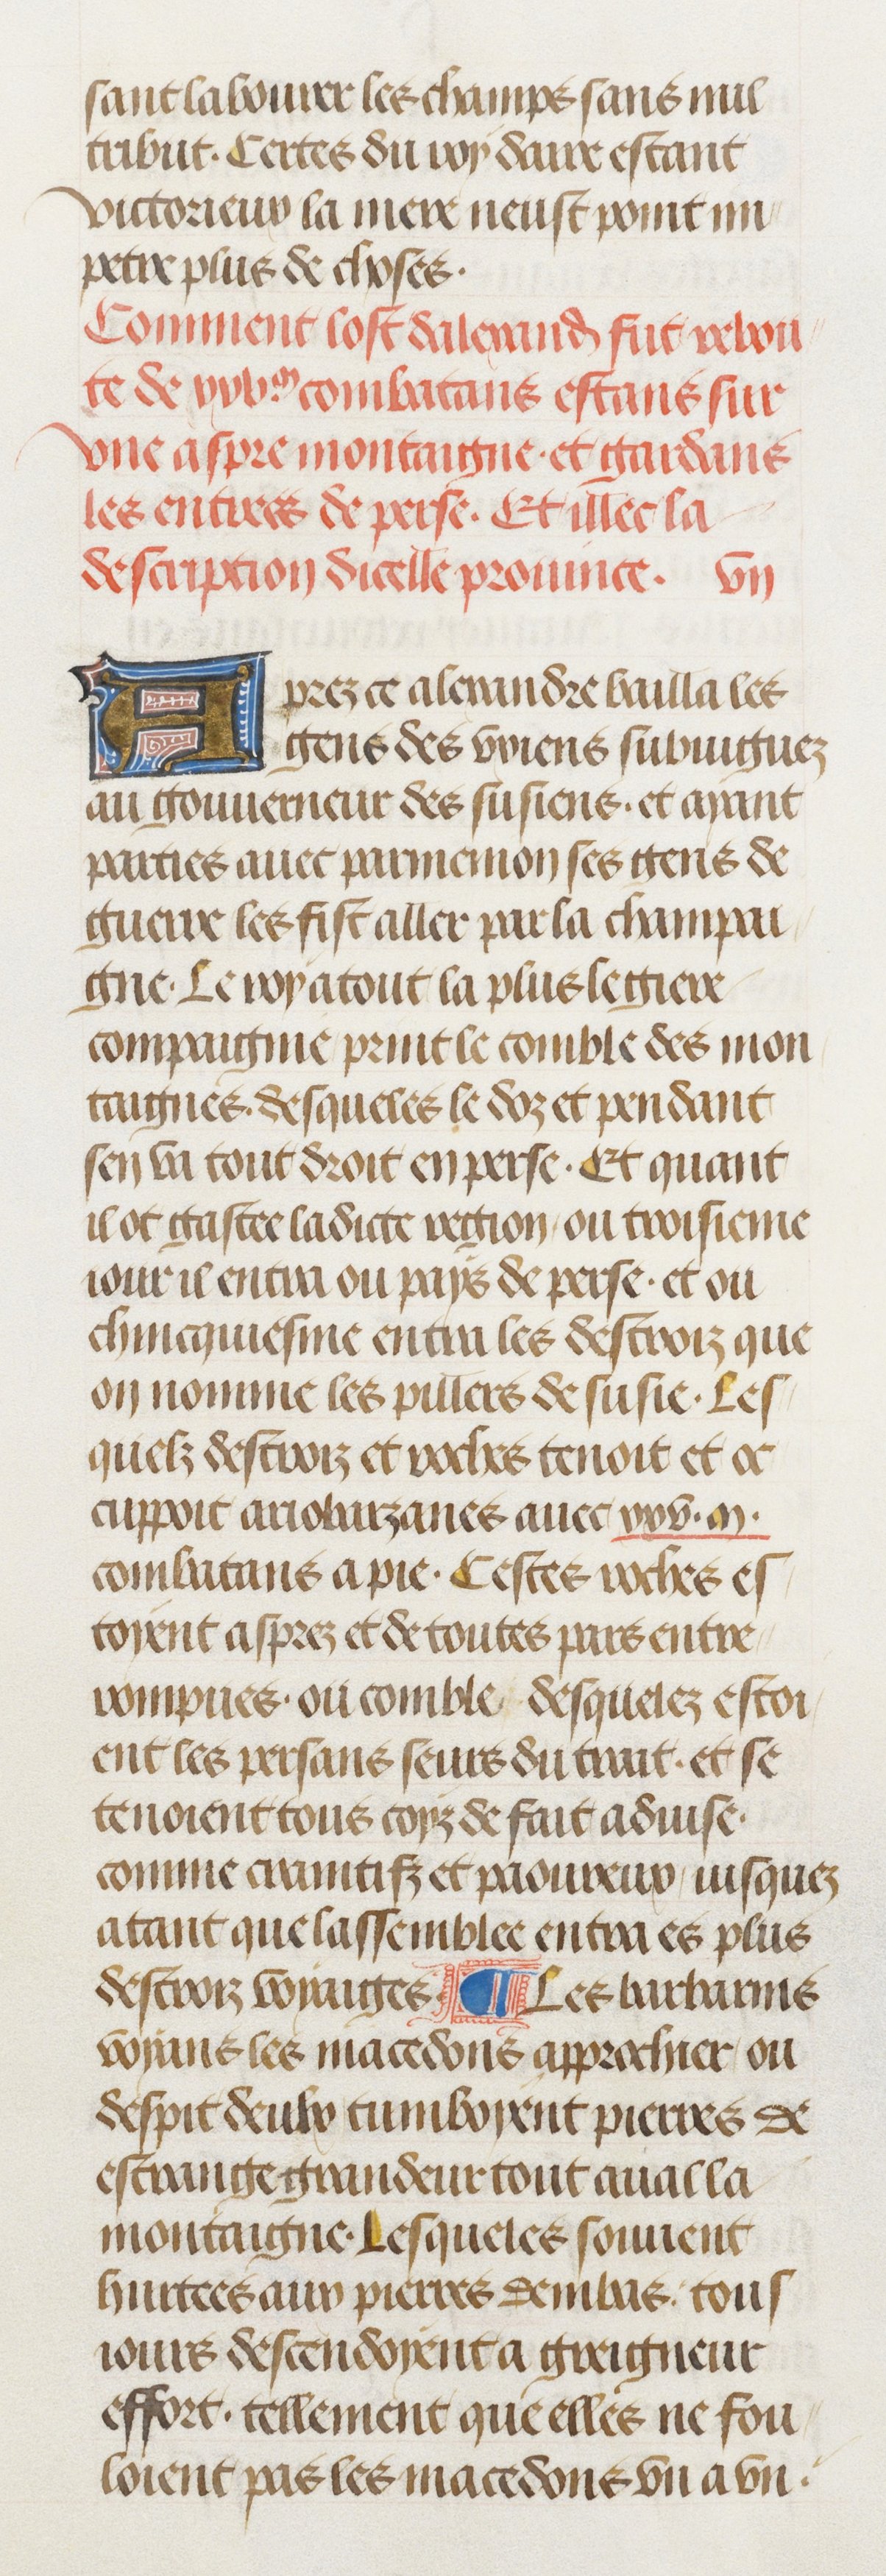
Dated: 1470–1499